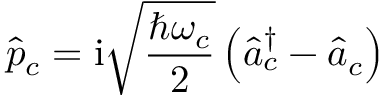
\hat { p } _ { c } = \mathrm { i } \sqrt { \frac { \hbar \omega _ { c } } { 2 } } \left( \hat { a } _ { c } ^ { \dagger } - \hat { a } _ { c } \right)